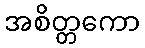
အစိတ္တကော